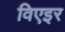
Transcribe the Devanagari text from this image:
विएइर